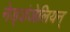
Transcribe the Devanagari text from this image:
नेड्डंजेलियन्